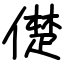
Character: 儊